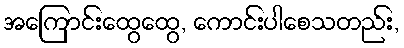
အကြောင်းထွေထွေ, ကောင်းပါစေသတည်း,